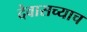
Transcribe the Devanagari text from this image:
देवासच्याच